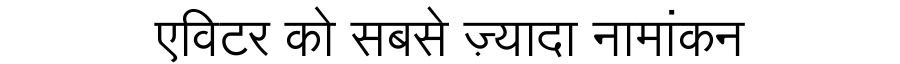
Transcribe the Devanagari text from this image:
एविटर को सबसे ज़्यादा नामांकन